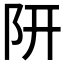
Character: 𨸦